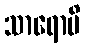
သာရောပိ